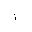
Letter: _alif